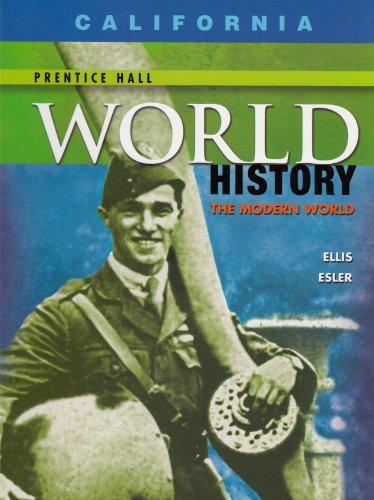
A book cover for World History-California Edition: The Modern World; Elisabeth Gaynor Ellis; Teen & Young Adult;